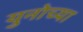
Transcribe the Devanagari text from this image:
युनोच्या